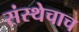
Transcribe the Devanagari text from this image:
संस्थेचाच